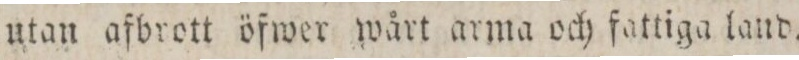
utan afbrott öfwer wårt arma och fattiga laud.